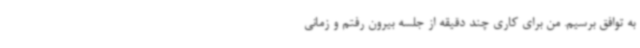
به توافق برسیم. من برای کاری چند دقیقه از جلسه بیرون رفتم و زمانی